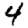
Digit: 4